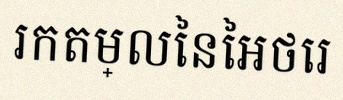
រកតម្លៃនៃអថេរ